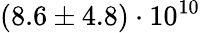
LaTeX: \left(8.6\pm 4.8\right)\cdot 10^{10}